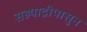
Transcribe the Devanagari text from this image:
सह्याद्रीपासुन